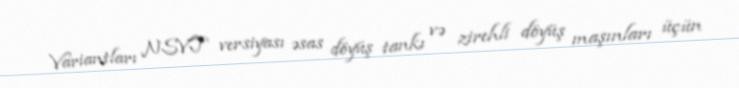
Variantları NSVT versiyası əsas döyüş tankı və zirehli döyüş maşınları üçün